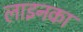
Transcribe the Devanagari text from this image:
लाइनका